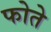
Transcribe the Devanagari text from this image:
फोते